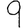
Digit: 9